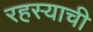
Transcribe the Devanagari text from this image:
रहस्याची